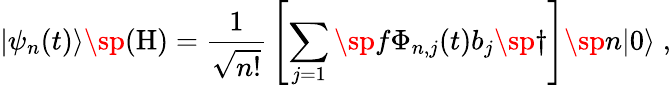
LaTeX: |\psi_{n}(t)\rangle\sp{(\mathrm{H})}={\frac{1}{\sqrt{n!}}}\left[\sum_{j=1}\sp f\Phi_{n,j}(t)b_{j}\sp{\dagger}\right]\sp n|0\rangle\; ,